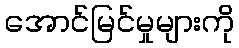
အောင်မြင်မှုများကို